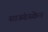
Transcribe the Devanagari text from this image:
साऊंडस्केन